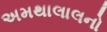
અમથાલાલનો